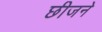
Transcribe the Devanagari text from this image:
छीजने